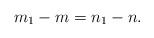
LaTeX: \begin{align*}m_1-m=n_1-n. \end{align*}